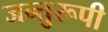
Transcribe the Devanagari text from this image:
जन्तुरूपी